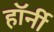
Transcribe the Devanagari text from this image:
हॉर्नी